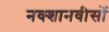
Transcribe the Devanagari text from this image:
नक्शानवीसों